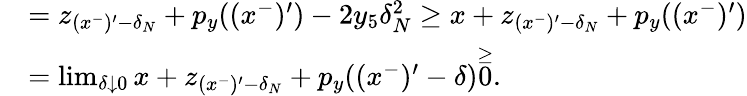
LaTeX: \begin{array}{rl}&{=z_{(x^{-})^{\prime}-\delta_{N}}+p_{y}((x^{-})^{\prime})-2y_{5}\delta_{N}^{2}\geq x+z_{(x^{-})^{\prime}-\delta_{N}}+p_{y}((x^{-})^{\prime})}\\ &{=\operatorname*{lim}_{\delta\downarrow 0}x+z_{(x^{-})^{\prime}-\delta_{N}}+p_{y}((x^{-})^{\prime}-\delta)\overset{\geq}0.}\end{array}